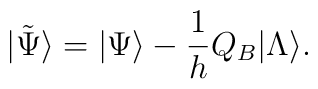
|\tilde{\Psi}\rangle =|\Psi\rangle -\frac{1}{h}Q_B|\Lambda\rangle .